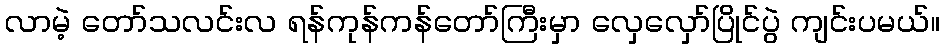
လာမဲ့ တော်သလင်းလ ရန်ကုန်ကန်တော်ကြီးမှာ လှေလှော်ပြိုင်ပွဲ ကျင်းပမယ်။